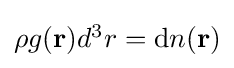
\textstyle \rho g(\mathbf {r} )d^{3}r=\mathrm {d} n(\mathbf {r} )